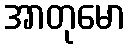
အာတုမော